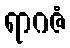
ရာဂဇံ